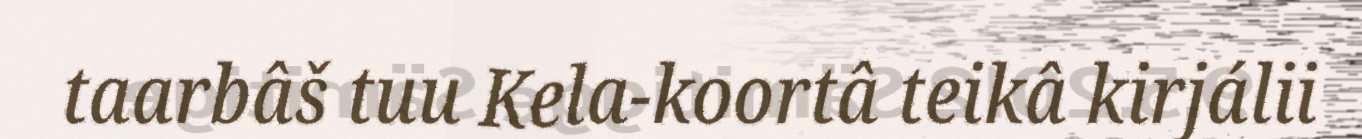
taarbâš tuu Kela-koortâ teikâ kirjálii